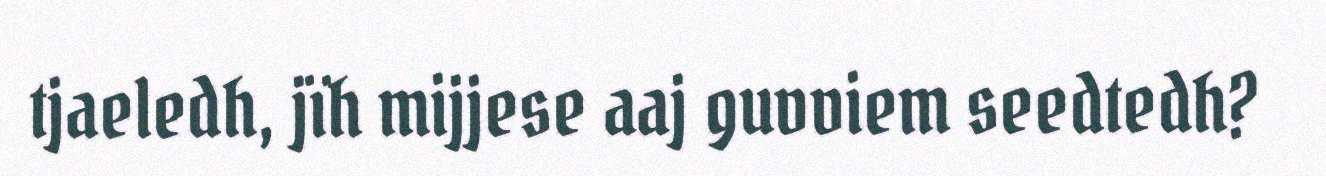
tjaeledh, jïh mijjese aaj guvviem seedtedh?